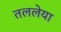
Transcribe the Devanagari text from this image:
तललेया